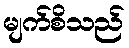
မျက်စိသည်